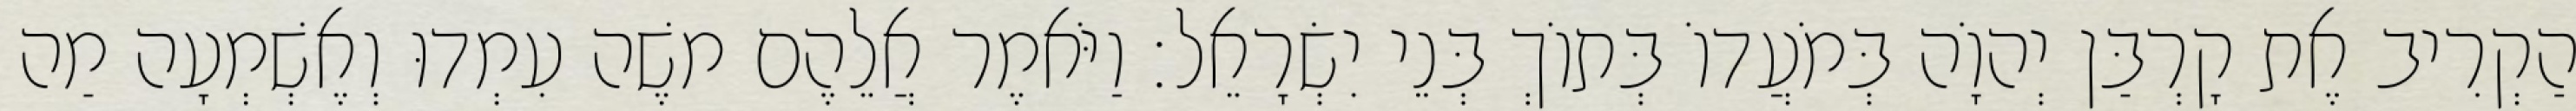
הַקְרִיב אֶת קָרְבַּן יְהוָֹה בְּמֹעֲדוֹ בְּתוֹךְ בְּנֵי יִשְׂרָאֵל׃ וַיֹּאמֶר אֲלֵהֶם משֶׁה עִמְדוּ וְאֶשְׁמְעָה מַה